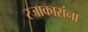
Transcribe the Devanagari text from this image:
रजाकारांना